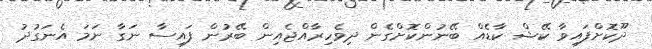
ދޫކޮށްފައިވާ ކޭޝް ކާޑެއް ބޭނުންކޮށްގެން ދިވެހިރާއްޖެއިން ބޭރުން ފައިސާ ނަގާ ނަމަ އެނަގުދު